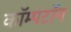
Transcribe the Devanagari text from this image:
कॉम्पटॉन